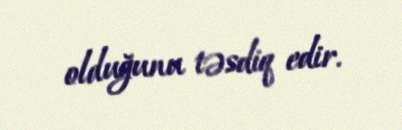
olduğunu təsdiq edir.